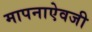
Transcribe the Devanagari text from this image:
मापनाऐवजी